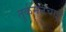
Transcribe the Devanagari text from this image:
तुर्कमनचाई